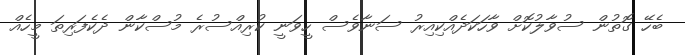
ބެހޭ ގޮތުން ސުވާލުކޮށް ވާހަކަދެއްކިއިރު ސަނާވެސް ހީވަނީ ކުރިއްސުރެ މުސްކާން ދެކެފަރިތަ މީހެއް